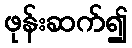
ဖုန်းဆက်၍